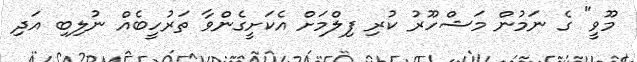
މޫވީ" ގެ ނަމުން މަޝްހޫރު ކުރި ފިލްމަށް އެކަށީގެންވާ ތަރުހީބެއް ނުލިބި އަދި